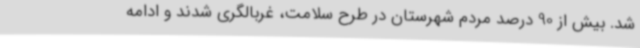
شد. بیش از 90 درصد مردم شهرستان در طرح سلامت، غربالگری شدند و ادامه